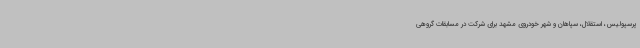
پرسپولیس، استقلال، سپاهان و شهر خودروی مشهد برای شرکت در مسابقات گروهی